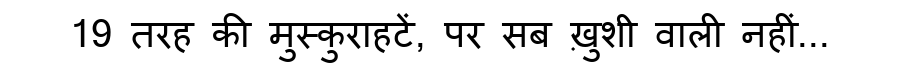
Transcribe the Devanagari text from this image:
19 तरह की मुस्कुराहटें, पर सब ख़ुशी वाली नहीं...